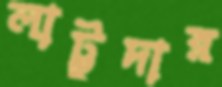
লাট্টুদার